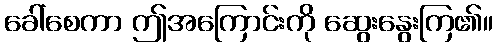
ခေါ်စေကာ ဤအကြောင်းကို ဆွေးနွေးကြ၏။